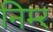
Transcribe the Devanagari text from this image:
निम्‍र